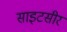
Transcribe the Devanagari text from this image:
साइटसीर